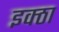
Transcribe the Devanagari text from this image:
इक्ठा